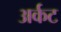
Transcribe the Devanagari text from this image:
अर्कट